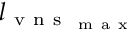
l _ { \mathrm { ~ v ~ n ~ s ~ } _ { \mathrm { ~ m ~ a ~ x ~ } } }